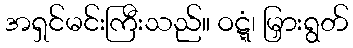
အရှင်မင်းကြီးသည်။ ဝဋ္ဋံ၊ မြှားရွတ်